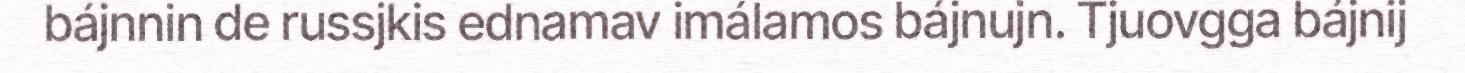
bájnnin de russjkis ednamav imálamos bájnujn. Tjuovgga bájnij